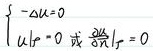
\[
\begin{cases}
-\Delta u = 0 \\
u|_{\Gamma} = 0 \text{ 或 } \frac{\partial u}{\partial n}|_{\Gamma} = 0
\end{cases}
\]